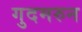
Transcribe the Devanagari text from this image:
गुदमरुन